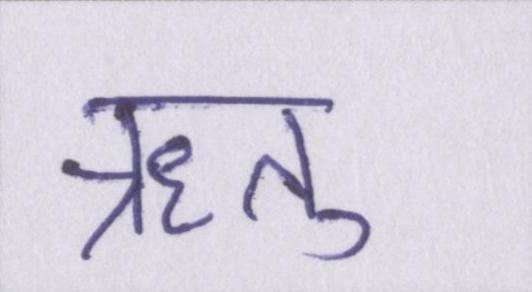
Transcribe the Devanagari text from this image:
ऋतु